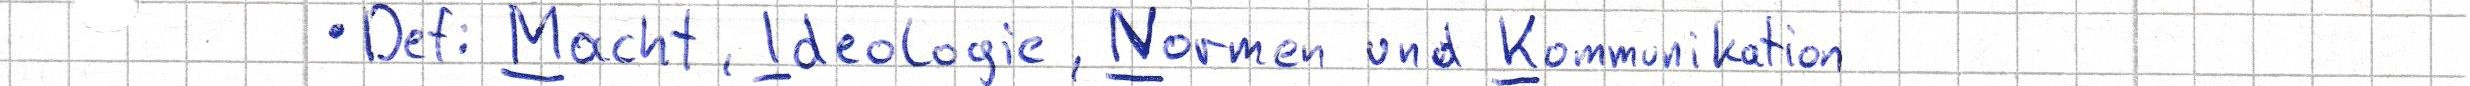
- Def: Macht, Ideologie, Normen und Kommunikation